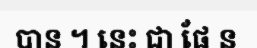
បាន ។ នេះ ជា ផែ ន